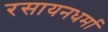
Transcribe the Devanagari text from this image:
रसायनधर्मा